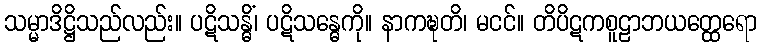
သမ္မာဒိဋ္ဌိသည်လည်း။ ပဋိသန္ဓိံ၊ ပဋိသန္ဓေကို။ နာကဍ္ဎတိ၊ မငင်။ တိပိဋကစူဠာဘယတ္ထေရော